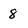
Character: 8